Report of the King Institute of Preventive Medicine, Guindy
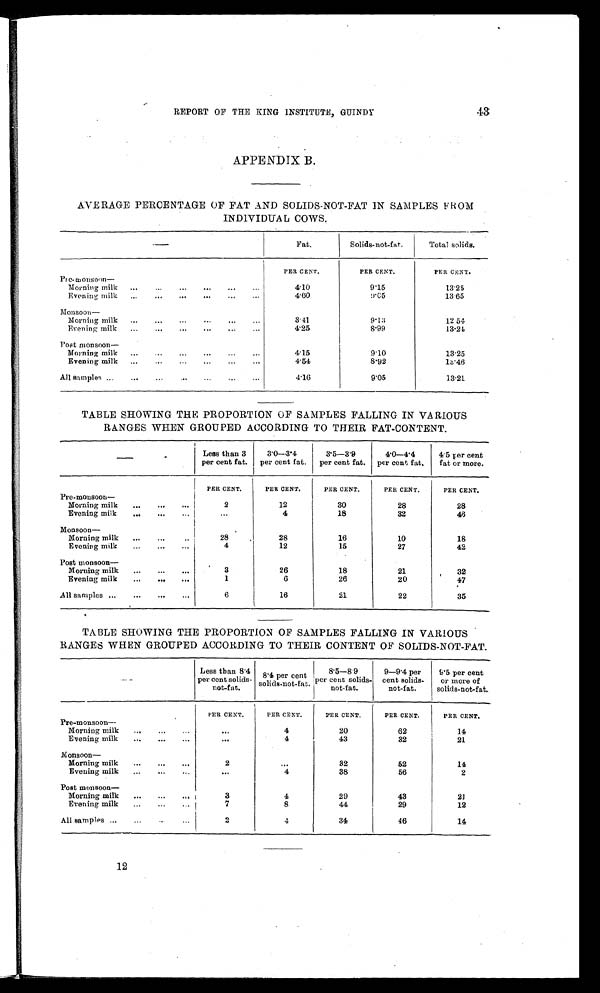
43
REPORT OF THE KING INSTITUTE, GUINDY
APPENDIX B.
AVERAGE PERCENTAGE OF FAT AND SOLIDS-NOT-FAT IN SAMPLES FROM
INDIVIDUAL COWS.
Fat.
Solids-not-fat.
Total solids.
PER CENT.
PER CENT.
PER CENT.
Pre- monsoon
—
Morning milk . . .
4.10
9.15
13.25
Evening milk . . .
4.60
9.05
13.65
Monsoon—
Morning milk . . .
3.41
9 . 1 3
12 54
Evening milk . . .
4.25
8.99
1 3 . 2 4
Post monsoon—
Morning milk . . .
4.15
9.10
13.25
Evening milk . . .
4.54
8.92
13.46
All samples . .
.
4.16
9.05
13.21
TABLE SHOWING THE PROPORTION OF SAMPLES FALLING IN VARIOUS
RANGES WHEN GROUPED ACCORDING TO THEIR FAT-CONTENT.
Less than 3
per cent fat.
3.0—3.4
per cent fat.
3.5—3.9
per cent fat.
4.0—4.4
per cent fat.
4.5 per cent
fat or more.
PER CENT.
PER CENT.
PER CENT.
PER CENT.
PER CENT.
Pre-monsoon —
Morning milk . . .
2
12
30
28
28
Evening milk . . .
. . .
4
18
32
46
Monsoon—
Morning milk . . .
28
28
16
10
18
Evening milk . . .
4
12
15
27
42
Post monsoon—
Morning milk . . .
3
26
18
21
32
Evening milk—
1
6
26
20
47
All samples . . .
6
16
21
22
35
TABLE SHOWING THE PROPORTION OF SAMPLES FALLING IN VARIOUS
RANGES WHEN GROUPED ACCORDING TO THEIR CONTENT OF SOLIDS-NOT-FAT.
Less than 8.4
per cent solids-
not-fat.
8.4 per cent
solids-not-fat.
8.5—8.9
per cent solids-
not-fat.
9—9.4 per
cent solids-
not-fat.
9.5 per cent
or more of
solids-not-fat.
PER CENT.
PER CENT.
PER CENT.
PER CENT.
PER CENT.
Pre-monsoon —
Morning milk . . .
. . .
4
20
62
14
Evening milk— . . .
. . .
4
43
32
21
Monsoon—
Morning milk . . .
2
. . .
32
52
14
Evening milk . . .
. . .
4
38
56
2
Post monsoon—
Morning milk . . .
3
4
29
43
21
Evening milk . . .
7
8
44
29
12
All samples . . .
2
4
34
46
14
12